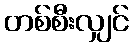
တစ်စီးလျှင်